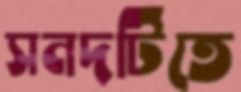
সনদটিতে